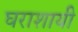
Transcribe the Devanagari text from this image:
घराशायी